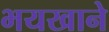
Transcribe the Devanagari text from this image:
भयखाने